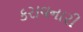
કરાવનારી